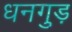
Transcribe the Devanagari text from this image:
धनगुड़